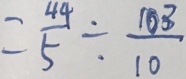
= \frac { 4 4 } { 5 } \div \frac { 1 0 3 } { 1 0 }